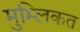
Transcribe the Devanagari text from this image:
मुम्लिकत